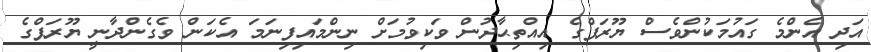
އަދި އެންމެ ގައުމަކުންވެސް ޔޫރަޕްގެ އިއްތިޙާދުން ވަކިވުމަށް ނިންމައިފިނަމަ އެކަން ވެގެންދާނީ ޔޫރަޕްގެ